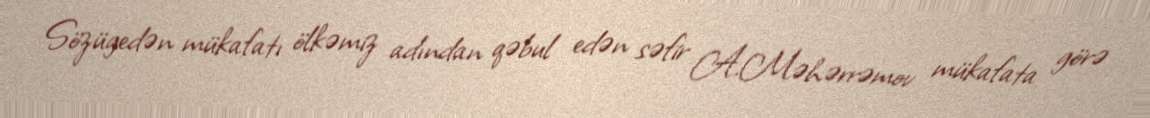
Sözügedən mükafatı ölkəmiz adından qəbul edən səfir A.Məhərrəmov mükafata görə